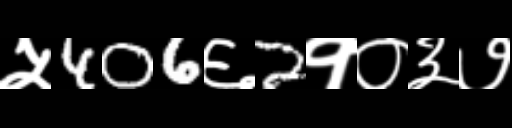
Text: ५406६2१०३७